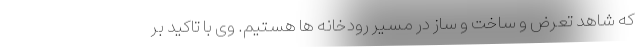
که شاهد تعرض و ساخت و ساز در مسیر رودخانه ها هستیم. وی با تاکید بر